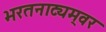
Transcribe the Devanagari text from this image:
भरतनाट्यम्‌वर